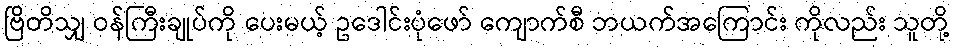
ဗြိတိသျှ ဝန်ကြီးချုပ်ကို ပေးမယ့် ဥဒေါင်းပုံဖော် ကျောက်စီ ဘယက်အကြောင်း ကိုလည်း သူတို့